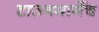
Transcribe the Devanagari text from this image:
टाउनमार्गेच